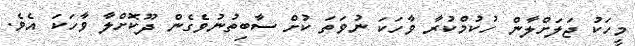
މީހަކު ޖަލަށްލާން ހުކުމްކުރާ ވާހަކަ ނުވަތަ ކުށް ސާބިތުނުވެގެން ދޫކޮށްލާ ވާހަކަ އެވެ.